Sketch of the medical history of the native army of Bombay, for the year
Year: 1870
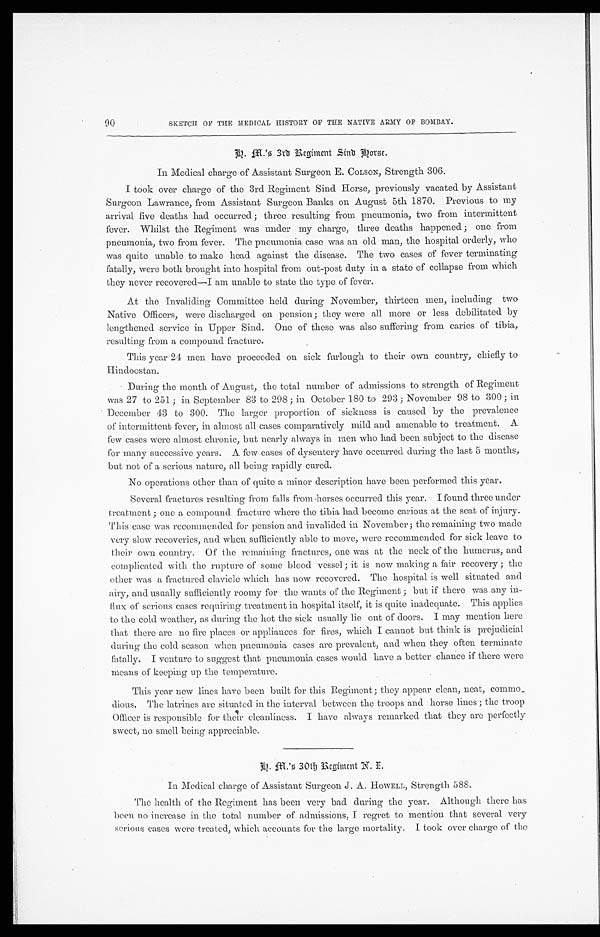
H. M.'s 3rd Regiment Sind Horse.
In Medical charge of Assistant Surgeon E. COLSON, Strength 306.
took over charge of the 3rd Regiment Sind Horse, previously vacated. by Assistant
Surgeon Lawrance, from Assistant Surgeon Banks on August 5th 1870. Previous to my
arrival five deaths had occurred ; three resulting from pneumonia, two from intermittent
fever. Whilst the Regiment was under my charge, three deaths happened ; one from
pneumonia, two from fever. The pneumonia case was an old man, the hospital orderly, who
was quite unable to make head against the disease. The two cases of fever terminating
fatally, were both brought into hospital from out-post duty in a state of collapse from which
they never recovered—I am unable to state the type of fever.
At the Invaliding Committee held during November, thirteen men, including two
Native Officers, were discharged on pension; they were all more or less debilitated by
lengthened service in Upper Sind. One of these was also suffering from caries of tibia,
resulting from a compound fracture.
This year 24 men have proceeded on sick furlough to their own country, chiefly to
Hindoostan.
During the month of August, the total number of admissions to strength of Regiment
was 27 to 251 ; in September 83 to 298 ; in October 180 to 293 ; November 98 to 300 ; in
December 43 to 300. The larger proportion of sickness is caused by the prevalence
of intermittent fever, in almost all cases comparatively mild and amenable to treatment. A
few cases were almost chronic, but nearly always in men who had been subject to the disease
for many successive years. A few cases of dysentery have occurred during the last 5 months,
but not of a serious nature, all being rapidly cured.
No operations other than of quite a minor description have been performed this year.
Several fractures resulting from falls from horses occurred this year. I found three under
treatment ; one a compound fracture where the tibia had become carious at the seat of injury.
This case was recommended for pension and invalided in November; the remaining two made
very slow recoveries, and when sufficiently able to move, were recommended for sick leave to
their own country. Of the remaining fractures, one was at the neck of the humerus, and
complicated with the rupture of some blood vessel ; it is now making a fair recovery ; the
other was a fractured clavicle which has now recovered. The hospital is well situated and
airy, and usually sufficiently roomy for the wants of the Regiment ; but if there was any in-
- f l u x o f s e r i o u s c a s e s r e q u i r i n g t r e a t m e n t i n h o s p i t a l i t s e l f , i t i s q u i t e i n a d e q u a t e . T h i s a p p l i e s
to the cold weather, as during the hot the sick usually lie out of doors. I may mention here
that there are no fire places or appliances for fires, which I cannot but think is prejudicial
during the cold season when pneumonia cases are prevalent, and when they often terminate
fatally. I venture to suggest that pneumonia cases would have a better chance if there were
means of keeping up the temperature.
This year new lines have been built for this Regiment; they appear clean, neat, commo
- d i o u s . T h e l a t r i n e s a r e s i t u a t e d i n t h e i n t e r v a l b e t w e e n t h e t r o o p s a n d h o r s e l i n e s ; t h e t r o o p
Officer is responsible for their cleanliness. I have always remarked that they are perfectly
sweet, no smell being appreciable.
In Medical charge of Assistant Surgeon J. A. HOWELL, Strength 588.
The health of the Regiment has been very bad during the year. Although there has
been no increase in the total number of admissions, I regret to mention that several very
serious cases were treated, which accounts for the large mortality. I took over charge of the